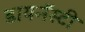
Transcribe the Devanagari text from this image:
डायनॅस्टी